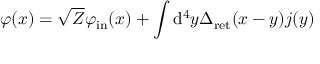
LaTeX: \varphi ( x ) = { \sqrt { Z } } \varphi _ { \mathrm { i n } } ( x ) + \int \mathrm { d } ^ { 4 } y \Delta _ { \mathrm { r e t } } ( x - y ) j ( y )